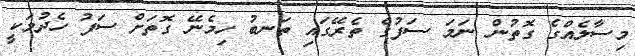
މިސާލެއްގެ ގޮތުން ނަމަ ސަފުގެ ތެރޭގައި ތަނބު ހިމެނޭ ގޮތަށް ސަފު ހެދުމަކީ